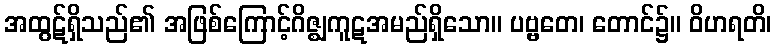
အထွဋ်ရှိသည်၏ အဖြစ်ကြောင့်ဂိဇ္ဈကူဋအမည်ရှိသော။ ပဗ္ဗတေ၊ တောင်၌။ ဝိဟရတိ၊